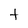
Character: t